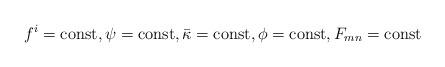
LaTeX: \begin{align*}f^i={\rm const}, \psi ={\rm const}, \bar\kappa ={\rm const}, \phi={\rm const}, F_{mn} ={\rm const}\end{align*}